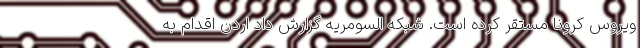
ویروس کرونا مستقر کرده است. شبکه السومریه گزارش داد اردن اقدام به